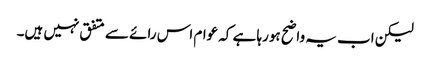
لیکن اب یہ واضح ہورہا ہے کہ عوام اس رائے سے متفق نہیں ہیں۔